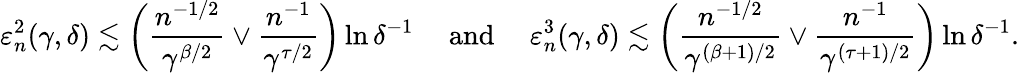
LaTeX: \varepsilon_{n}^{2}(\gamma,\delta)\lesssim\left(\frac{n^{-1/2}}{\gamma^{\beta/2}}\vee\frac{n^{-1}}{\gamma^{\tau/2}}\right)\ln\delta^{-1}\quad\mathrm{~and~}\quad\varepsilon_{n}^{3}(\gamma,\delta)\lesssim\left(\frac{n^{-1/2}}{\gamma^{(\beta+1)/2}}\vee\frac{n^{-1}}{\gamma^{(\tau+1)/2}}\right)\ln\delta^{-1}.